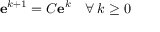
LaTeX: \mathbf { e } ^ { k + 1 } = C \mathbf { e } ^ { k } \quad \forall \, k \geq 0